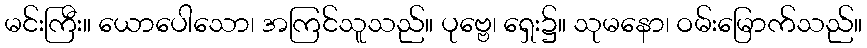
မင်းကြီး။ ယောပေါသော၊ အကြင်သူသည်။ ပုဗ္ဗေ၊ ရှေး၌။ သုမနော၊ ဝမ်းမြောက်သည်။